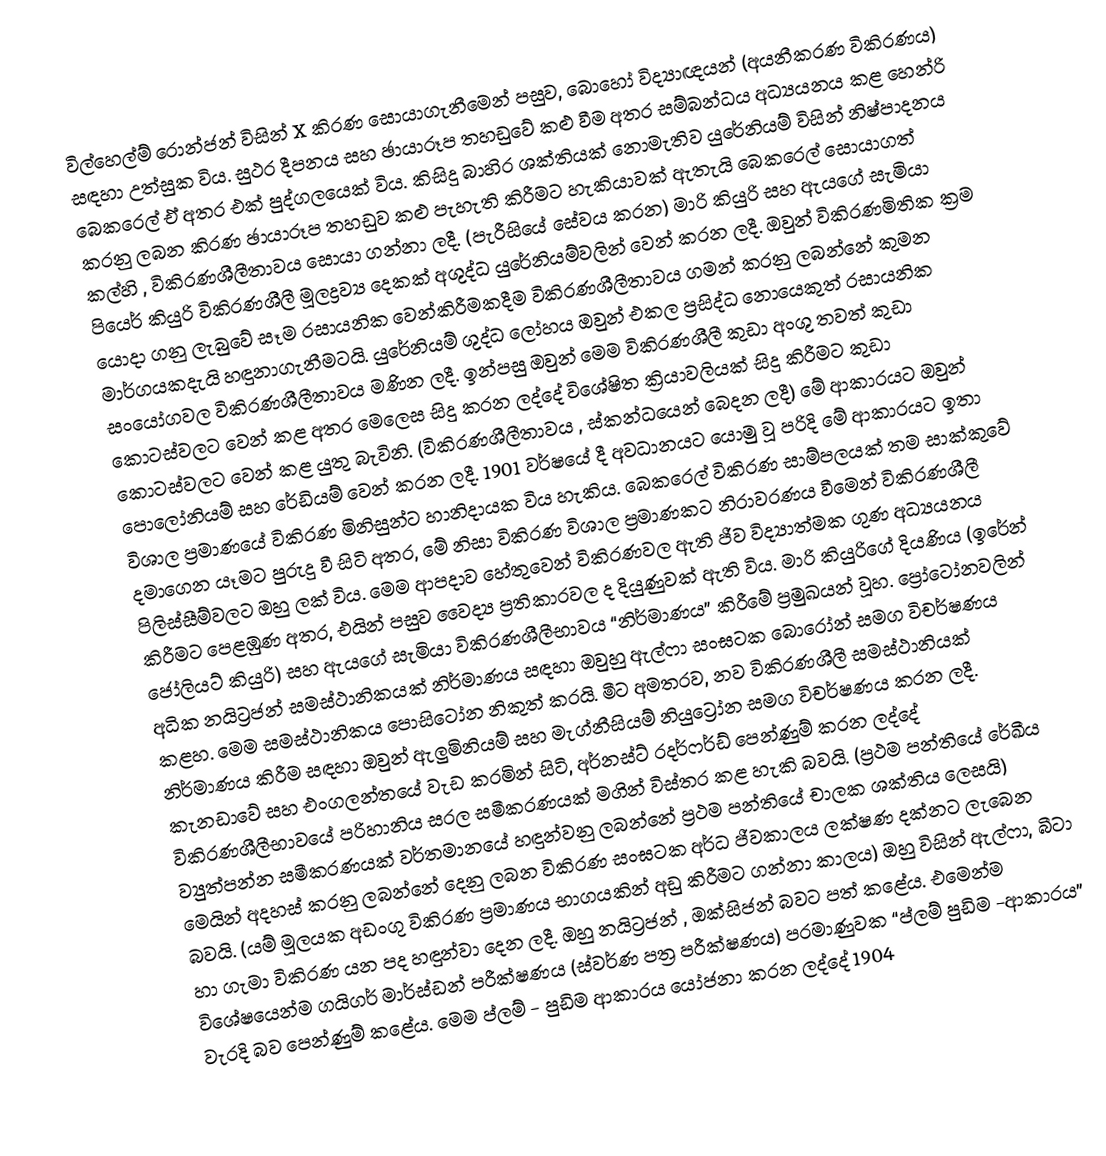
විල්හෙල්ම් රොන්ජන් විසින් X කිරණ සොයාගැනීමෙන් පසුව, බොහෝ විද්‍යාඥයන් (අයනීකරණ විකිරණය) සඳහා උත්සුක විය. සුථර දීපනය සහ ඡායාරූප තහඩුවේ කළු වීම අතර සම්බන්ධය අධ්‍යයනය කළ හෙන්රි බෙකරෙල් ඒ අතර එක් පුද්ගලයෙක් විය. කිසිදු බාහිර  ශක්තියක් නොමැතිව යුරේනියම් විසින් නිෂ්පාදනය කරනු ලබන කිරණ ඡායාරූප තහඩුව කළු පැහැති කිරීමට හැකියාවක් ඇතැයි බෙකරෙල් සොයාගත් කල්හි , විකිරණශීලීතාවය සොයා ගන්නා ලදී. (පැරීසියේ සේවය කරන) මාරි කියුරි සහ ඇයගේ සැමියා පියෙර් කියුරි විකිරණශීලී මූලද්‍රව්‍ය  දෙකක් අශුද්ධ යුරේනියම්වලින් වෙන් කරන ලදී. ඔවුන් විකිරණමිතික ක්‍රම යොදා ගනු ලැබුවේ සෑම රසායනික වෙන්කිරීමකදීම  විකිරණශීලීතාවය ගමන් කරනු ලබන්නේ කුමන මාර්ගයකදැයි හඳුනාගැනීමටයි. යුරේනියම් ශුද්ධ ලෝහය ඔවුන් එකල ප්‍රසිද්ධ නොයෙකුත් රසායනික සංයෝගවල විකිරණශීලීතාවය මණින ලදී. ඉන්පසු ඔවුන් මෙම විකිරණශීලී කුඩා අංශු තවත් කුඩා කොටස්වලට වෙන් කළ අතර මෙලෙස සිදු කරන ලද්දේ විශේෂිත ක්‍රියාවලියක් සිදු කිරීමට කුඩා කොටස්වලට වෙන් කළ යුතු බැවිනි. (විකිරණශීලීතාවය , ස්කන්ධයෙන් බෙදන ලදී) මේ ආකාරයට ඔවුන් පොලෝනියම් සහ රේඩියම් වෙන් කරන ලදී. 1901 වර්ෂයේ දී අවධානයට යොමු වූ පරිදි මේ ආකාරයට ඉතා විශාල ප්‍රම‍ාණයේ විකිරණ මිනිසුන්ට හානිදායක විය හැකිය. බෙකරෙල් විකිරණ සාම්පලයක් තම සාක්කුවේ දමාගෙන යෑමට පුරුදු වී සිටි අතර, මේ නිසා විකිරණ විශාල ප්‍රමාණකට නිරාවරණය වීමෙන් විකිරණශීලී පිලිස්සීම්වලට ඔහු ලක් විය. මෙම ආපදාව හේතුවෙන් විකිරණවල ඇති ජීව විද්‍යාත්මක ගුණ අධ්‍යයනය කිරීමට පෙළඹුණ අතර, එයින් පසුව වෛද්‍ය ප්‍රතිකාරවල ද දියුණුවක් ඇති විය. මාරි කියුරිගේ දියණිය (ඉරේන් ජෝලියට් කියුරි) සහ ඇයගේ සැමියා විකිරණශීලීභාවය “නිර්මාණය” කිරීමේ ප්‍රමුඛයන් වූහ. ප්‍රෝටෝනවලින් අධික නයිට්‍රජන් සමස්ථානිකයක් නිර්මාණය සඳහා ඔවුහු ඇල්ෆා සංඝටක බොරෝන් සමග විචර්ෂණය කළහ. මෙම සමස්ථානිකය පොසිටෝන නිකුත් කරයි. මීට අමතරව, නව විකිරණශීලී සමස්ථානියක් නිර්මාණය කිරීම සඳහා ඔවුන් ඇලුමිනියම් සහ මැග්නීසියම් නියුට්‍රෝන සමග විචර්ෂණය කරන ලදී. කැන‍ඩාවේ සහ එංගලන්තයේ වැඩ කරමින් සිටි, අර්නස්ට් රදර්ෆර්ඩ් පෙන්ණුම් කරන ලද්දේ විකිරණශීලීභාවයේ පරිහානිය සරල සමීකරණයක් මගින් විස්තර කළ හැකි බවයි. (ප්‍රථම පන්තියේ රේඛීය ව්‍යුත්පන්න සමීකරණයක් වර්තමානයේ හඳුන්වනු ලබන්නේ ප්‍රථම පන්තියේ චාලක ශක්තිය ලෙසයි) මෙයින් අදහස් කරනු ලබන්නේ දෙනු ලබන විකිරණ සංඝටක අර්ධ ජීවකාලය ලක්ෂණ දක්නට ලැබෙන බවයි. (යම් මූලයක අඩංගු විකිරණ ප්‍රමාණය භාගයකින් අඩු කිරීමට ගන්නා කාලය) ඔහු විසින් ඇල්ෆා, බීටා හා ගැමා විකිරණ යන පද හඳුන්වා දෙන ලදී. ඔහු නයිට්‍රජන් , ඔක්සිජන් බවට පත් කළේය. එමෙන්ම විශේෂයෙන්ම ගයිගර් මාර්ස්ඩන් පරීක්ෂණය (ස්වර්ණ පත්‍ර පරීක්ෂණය) පරමාණුවක “ප්ලම් පුඩිම -ආකාරය” වැරදි බව පෙන්ණුම් කළේය. මෙම ප්ලම් - පුඩිම ආකාරය යෝජනා කරන ලද්දේ 1904